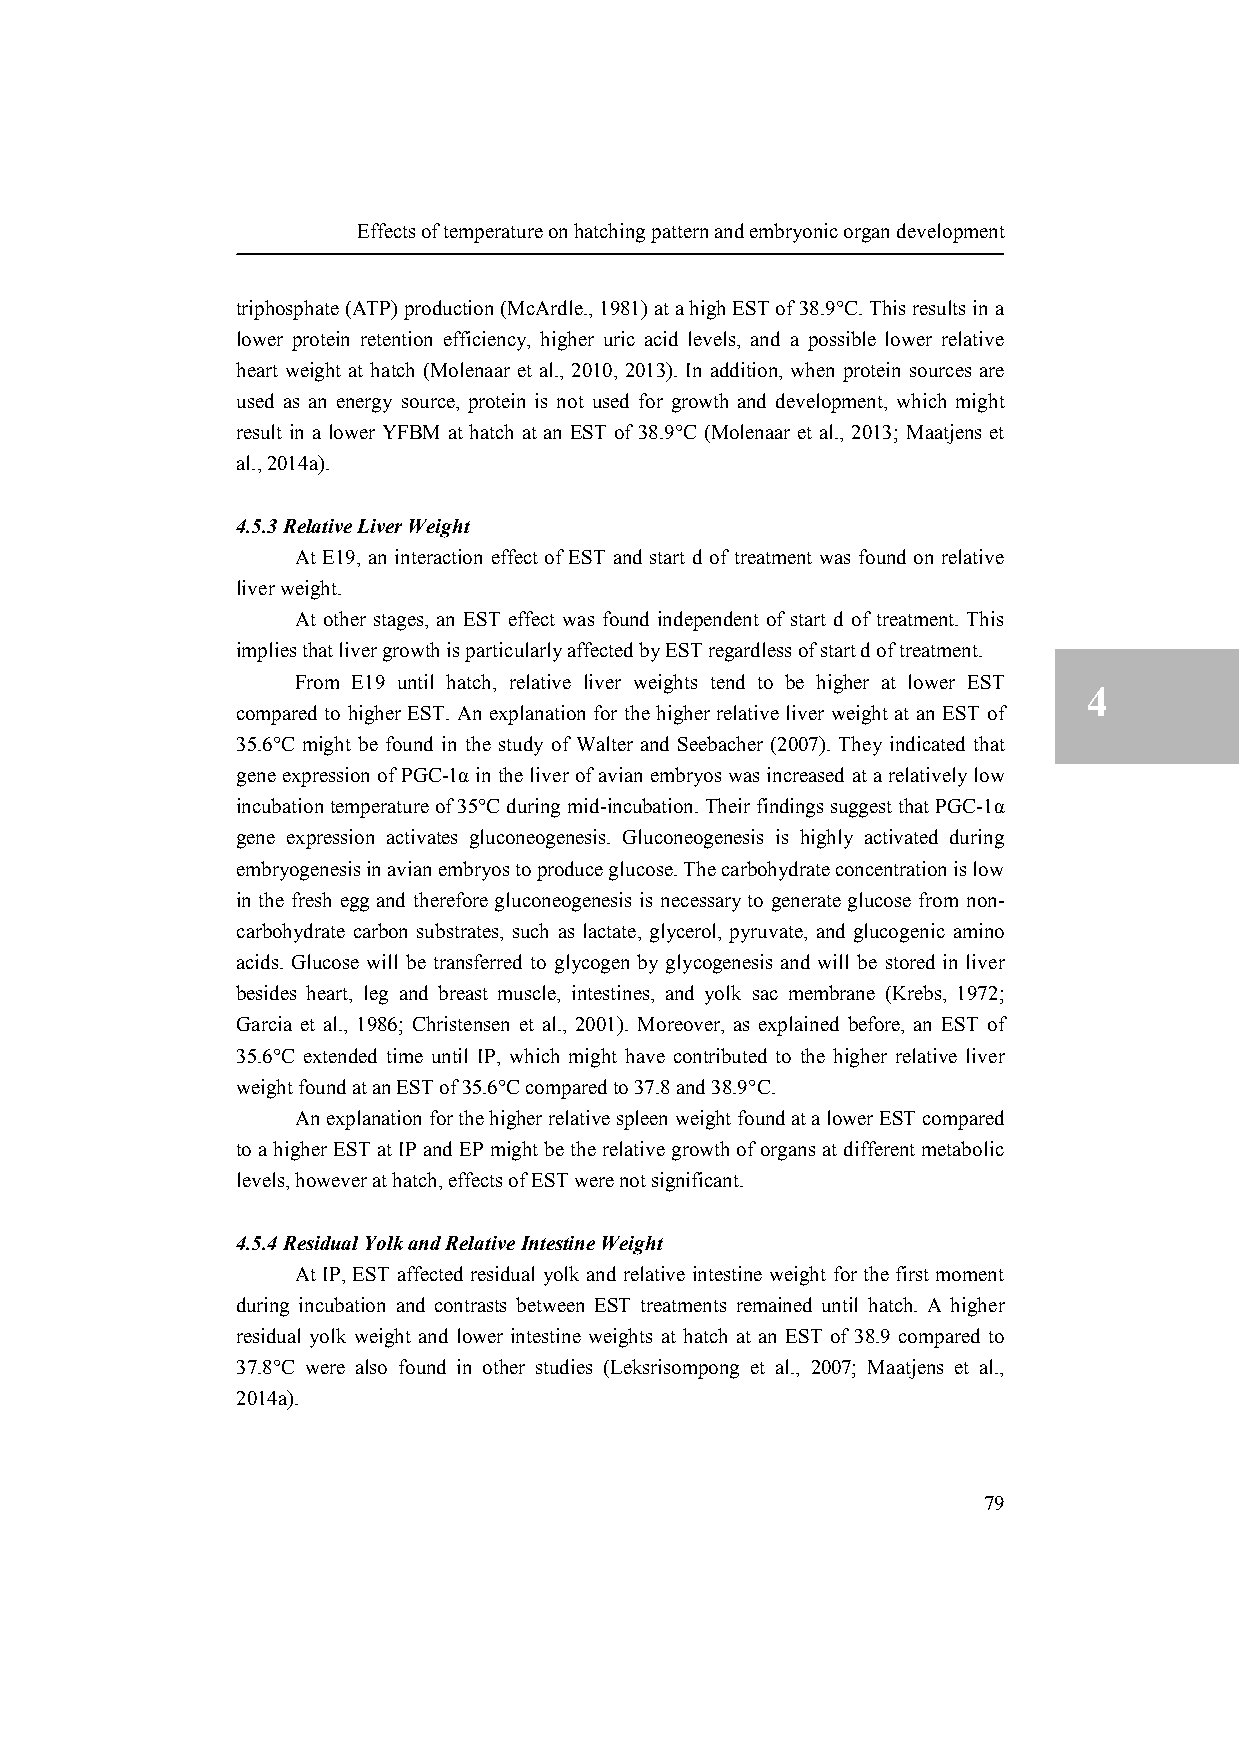
Effects of temperature on hatching pattern and embryonic organ development
 triphosphate (ATP) production (McArdle., 1981) at a high EST of 38.9°C. This results in a
 lower protein retention efficiency, higher uric acid levels, and a possible lower relative
 4
 heart weight at hatch (Molenaar et al., 2010, 2013). In addition, when protein sources are
 used as an energy source, protein is not used for growth and development, which might
 result in a lower YFBM at hatch at an EST of 38.9°C (Molenaar et al., 2013; Maatjens et
 al., 2014a).
 4.5.3 Relative Liver Weight
 At E19, an interaction effect of EST and start d of treatment was found on relative
 liver weight.
 At other stages, an EST effect was found independent of start d of treatment. This
 implies that liver growth is particularly affected by EST regardless of start d of treatment.
 From E19 until hatch, relative liver weights tend to be higher at lower EST
 4
 compared to higher EST. An explanation for the higher relative liver weight at an EST of
 35.6°C might be found in the study of Walter and Seebacher (2007). They indicated that
 gene expression of PGC-1α in the liver of avian embryos was increased at a relatively low
 incubation temperature of 35°C during mid-incubation. Their findings suggest that PGC-1α
 gene expression activates gluconeogenesis. Gluconeogenesis is highly activated during
 embryogenesis in avian embryos to produce glucose. The carbohydrate concentration is low
 in the fresh egg and therefore gluconeogenesis is necessary to generate glucose from non-
 carbohydrate carbon substrates, such as lactate, glycerol, pyruvate, and glucogenic amino
 acids. Glucose will be transferred to glycogen by glycogenesis and will be stored in liver
 besides heart, leg and breast muscle, intestines, and yolk sac membrane (Krebs, 1972;
 Garcia et al., 1986; Christensen et al., 2001). Moreover, as explained before, an EST of
 35.6°C extended time until IP, which might have contributed to the higher relative liver
 weight found at an EST of 35.6°C compared to 37.8 and 38.9°C.
 An explanation for the higher relative spleen weight found at a lower EST compared
 to a higher EST at IP and EP might be the relative growth of organs at different metabolic
 levels, however at hatch, effects of EST were not significant.
 4.5.4 Residual Yolk and Relative Intestine Weight
 At IP, EST affected residual yolk and relative intestine weight for the first moment
 during incubation and contrasts between EST treatments remained until hatch. A higher
 residual yolk weight and lower intestine weights at hatch at an EST of 38.9 compared to
 37.8°C were also found in other studies (Leksrisompong et al., 2007; Maatjens et al.,
 2014a).
 79